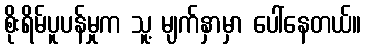
စိုးရိမ်ပူပန်မှုက သူ့ မျက်နှာမှာ ပေါ်နေတယ်။